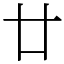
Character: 廿